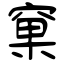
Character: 窠